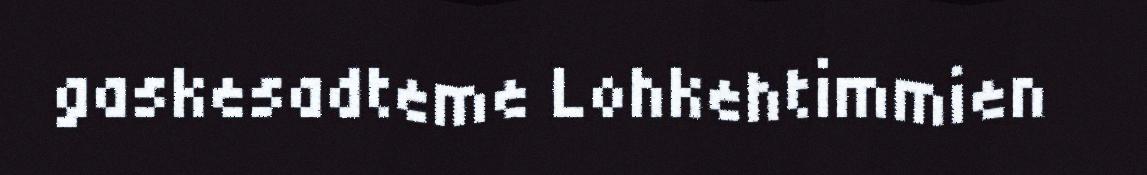
gaskesadteme Lohkehtimmien